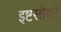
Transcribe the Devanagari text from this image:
इष्टसोयरे